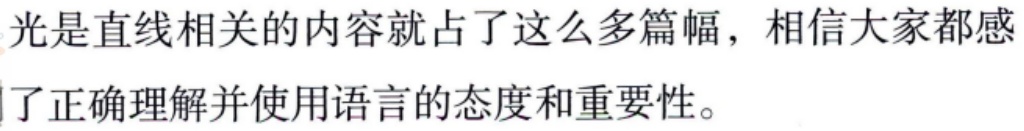
光是直线相关的内容就占了这么多篇幅，相信大家都感

了正确理解并使用语言的态度和重要性。